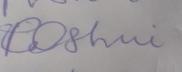
Signature authenticity: forged